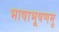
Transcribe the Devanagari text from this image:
भाषाभूषणमु